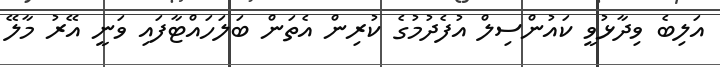
އަލިބެ ވިދާޅުވީ ކައުންސިލް އުފެދުމުގެ ކުރިން އެތަން ބަލަހައްޓާފައި ވަނީ އޭރު މާލޭ